Problem: 48 ÷ 6 = ?
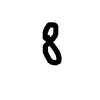
Handwritten answer: 8